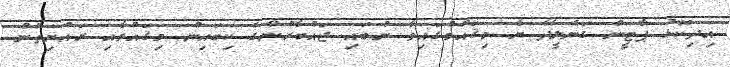
އިދިކޮޅު ޕާޓީން ގަނެލީދޯ ޔާ މިޤައުމުގައިވާ ނުބައި ޖައްބާރުންގެ ކިބައިން މިޤައުމާއި ރައްޔިތުން